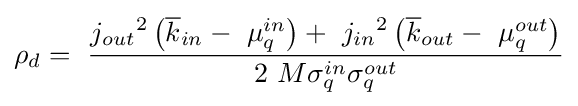
{\rho }_{d}=\ {\frac {{j_{out}}^{2}\left({\overline {k}}_{in}-\ {\mu }_{q}^{in}\right)+\ {j_{in}}^{2}\left({\overline {k}}_{out}-\ {\mu }_{q}^{out}\right)}{2\ M{\sigma }_{q}^{in}{\sigma }_{q}^{out}}}